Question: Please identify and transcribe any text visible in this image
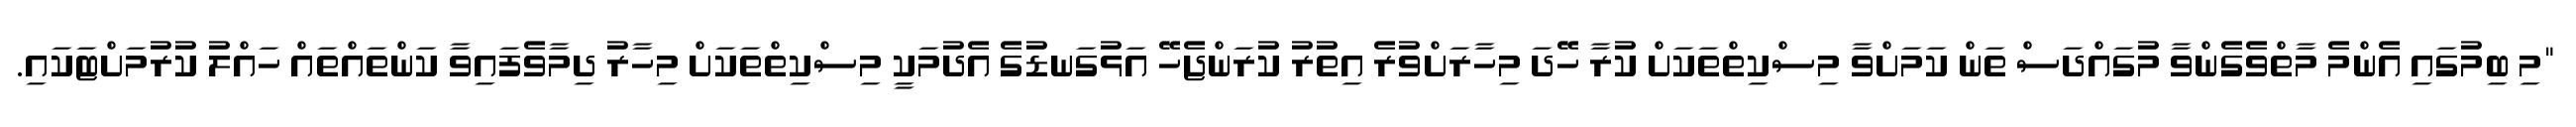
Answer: "މި ބިމުގައި އެންމެ މާތްވެގެންވާ މުގައްދަސް ތަން ކަމަށްވާ މިސްކިތްތަކަށް ކުރާ ހޭދަ މިހާރަށްވުރެ އިތުރު ކުރަންޖެހޭ އަޅުގަނޑުގެ އެދުމަކީ މިސްކިތްތަކަށް މިހާރު ދިމާވެފައިވާ ކަންތައްތައް ހައްލު ކުރުމަށްޓަކައި.